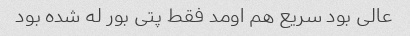
عالی بود سریع هم اومد فقط پتی بور له شده بود